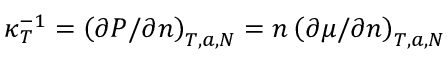
\kappa _ { T } ^ { - 1 } = \left( \partial P / \partial n \right) _ { T , a , N } = n \left( \partial \mu / \partial n \right) _ { T , a , N }